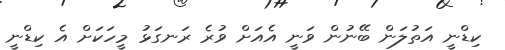
ކިޑްނީ އަތުލަން ބޭނުން ވަނީ އެއަށް ވުރެ ރަނގަޅު މީހަކަށް އެ ކިޑްނީ